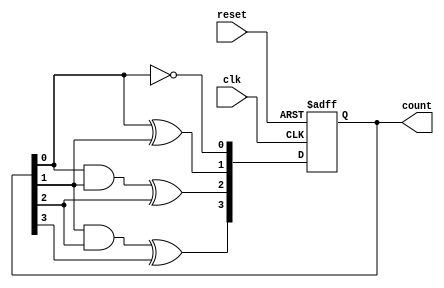
module ripple_counter (
    input wire clk,       // Clock input
    input wire reset,     // Asynchronous reset
    output reg [3:0] count // 4-bit count output
);

// Always block that triggers on the clock edge
always @(posedge clk or posedge reset) begin
    if (reset) begin
        count <= 4'b0000; // Reset count to 0
    end else begin
        // Counting Logic
        count[0] <= ~count[0]; // Toggle LSB
        count[1] <= count[0] ^ count[1]; // Toggle next bit based on LSB
        count[2] <= (count[0] & count[1]) ^ count[2]; // Toggle next bit if both LSB and next bit are 1
        count[3] <= (count[1] & count[2]) ^ count[3]; // Toggle most significant bit based on higher bits
    end
end

endmodule